Scottish Certificate of Education, 1962
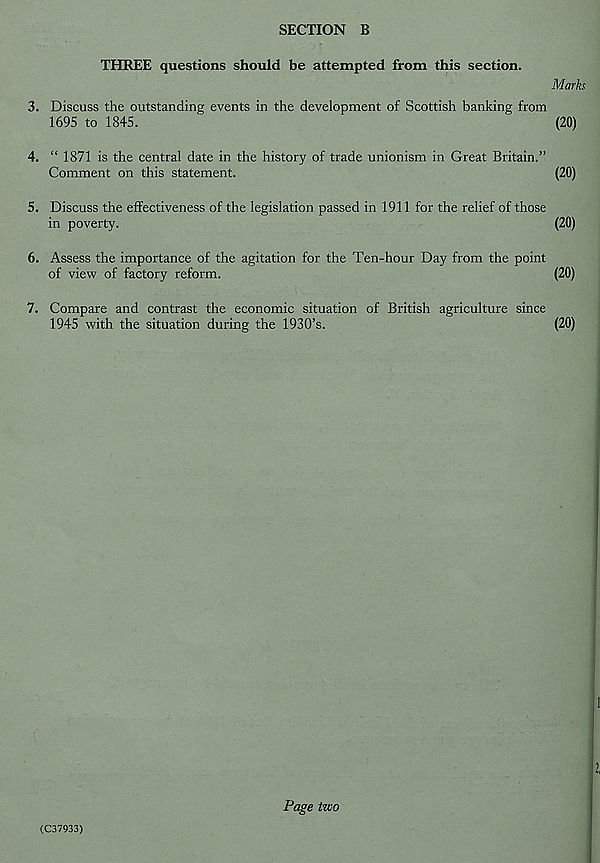
SECTION B
THREE questions should be attempted from this section.
Marks
3. Discuss the outstanding events in the development of Scottish banking from
1695 to 1845.
(20)
4. “ 1871 is the central date in the history of trade unionism in Great Britain.”
Comment on this statement.
(20)
5. Discuss the effectiveness of the legislation passed in 1911 for the relief of those
in poverty.
(20)
6. Assess the importance of the agitation for the Ten-hour Day from the point
of view of factory reform.
(20)
7. Compare and contrast the economic situation of British agriculture since
1945 with the situation during the 1930’s.
(20)
(C37933)
Page two